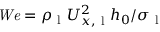
\mathit { W e } = \rho _ { \mathrm { ~ l ~ } } U _ { x , \mathrm { ~ l ~ } } ^ { 2 } h _ { 0 } / \sigma _ { \mathrm { ~ l ~ } }